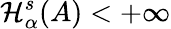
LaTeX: \mathcal{H}_{\alpha}^{s}(A)<+\infty